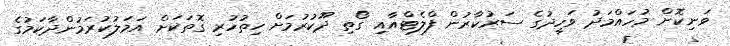
ވަނިކޮށް މުހައްމަދު ވަހީދުގެ ސަރުކާރުން ފްލެޓްއާއި ގޯތި ދޫކުރުމަށް ހިތުހުރި ގޮތަކަށް އަމަލުކުރަމުންދާކަމުގެ